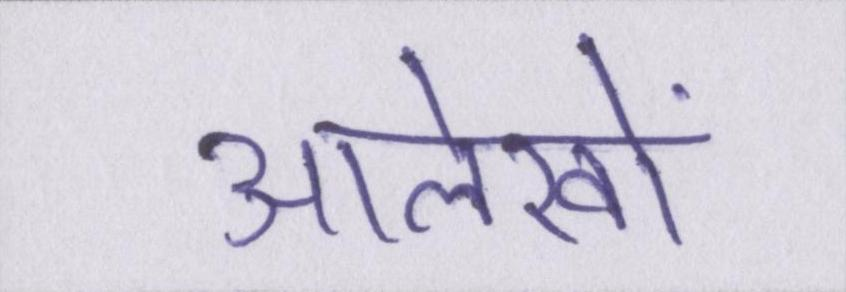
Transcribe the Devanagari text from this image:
आलेखों